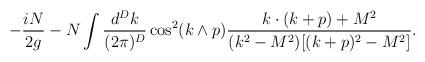
LaTeX: \begin{align*}-\frac {iN}{2g}- N \int \frac{d^Dk}{(2\pi)^D} \cos^2(k\wedge p)\frac{k\cdot (k+p) + M^2}{(k^2-M^2)[(k+p)^2-M^2]}. \end{align*}